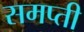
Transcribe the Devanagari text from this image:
समप्ती